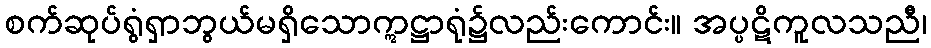
စက်ဆုပ်ရွံရှာဘွယ်မရှိသောဣဋ္ဌာရုံ၌လည်းကောင်း။ အပ္ပဋိကူလသညီ၊